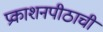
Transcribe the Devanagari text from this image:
प्रकाशनपीठाची